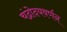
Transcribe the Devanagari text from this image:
चंद्रोदयवर्णन